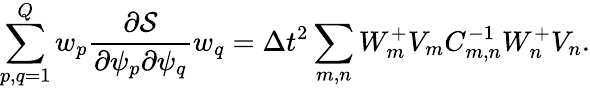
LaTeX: \sum_{p,q=1}^{Q}w_{p}\frac{\partial\mathcal{S}}{\partial\psi_{p}\partial\psi_{q}}w_{q}=\Delta t^{2}\sum_{m,n}W_{m}^{+}V_{m}C_{m,n}^{-1}W_{n}^{+}V_{n}.